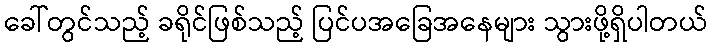
ခေါ်တွင်သည့် ခရိုင်ဖြစ်သည့် ပြင်ပအခြေအနေများ သွားဖို့ရှိပါတယ်